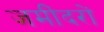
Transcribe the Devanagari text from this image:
जमींदरों